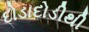
દોડાદોડીથી